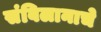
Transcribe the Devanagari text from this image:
संबिलानाचे